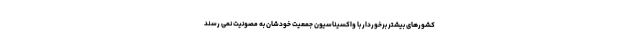
کشورهای بیشتر برخوردار با واکسیناسیون جمعیت خودشان به مصونیت نمی رسند